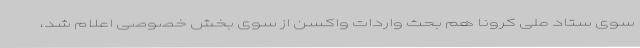
سوی ستاد ملی کرونا هم بحث واردات واکسن از سوی بخش خصوصی اعلام شد،